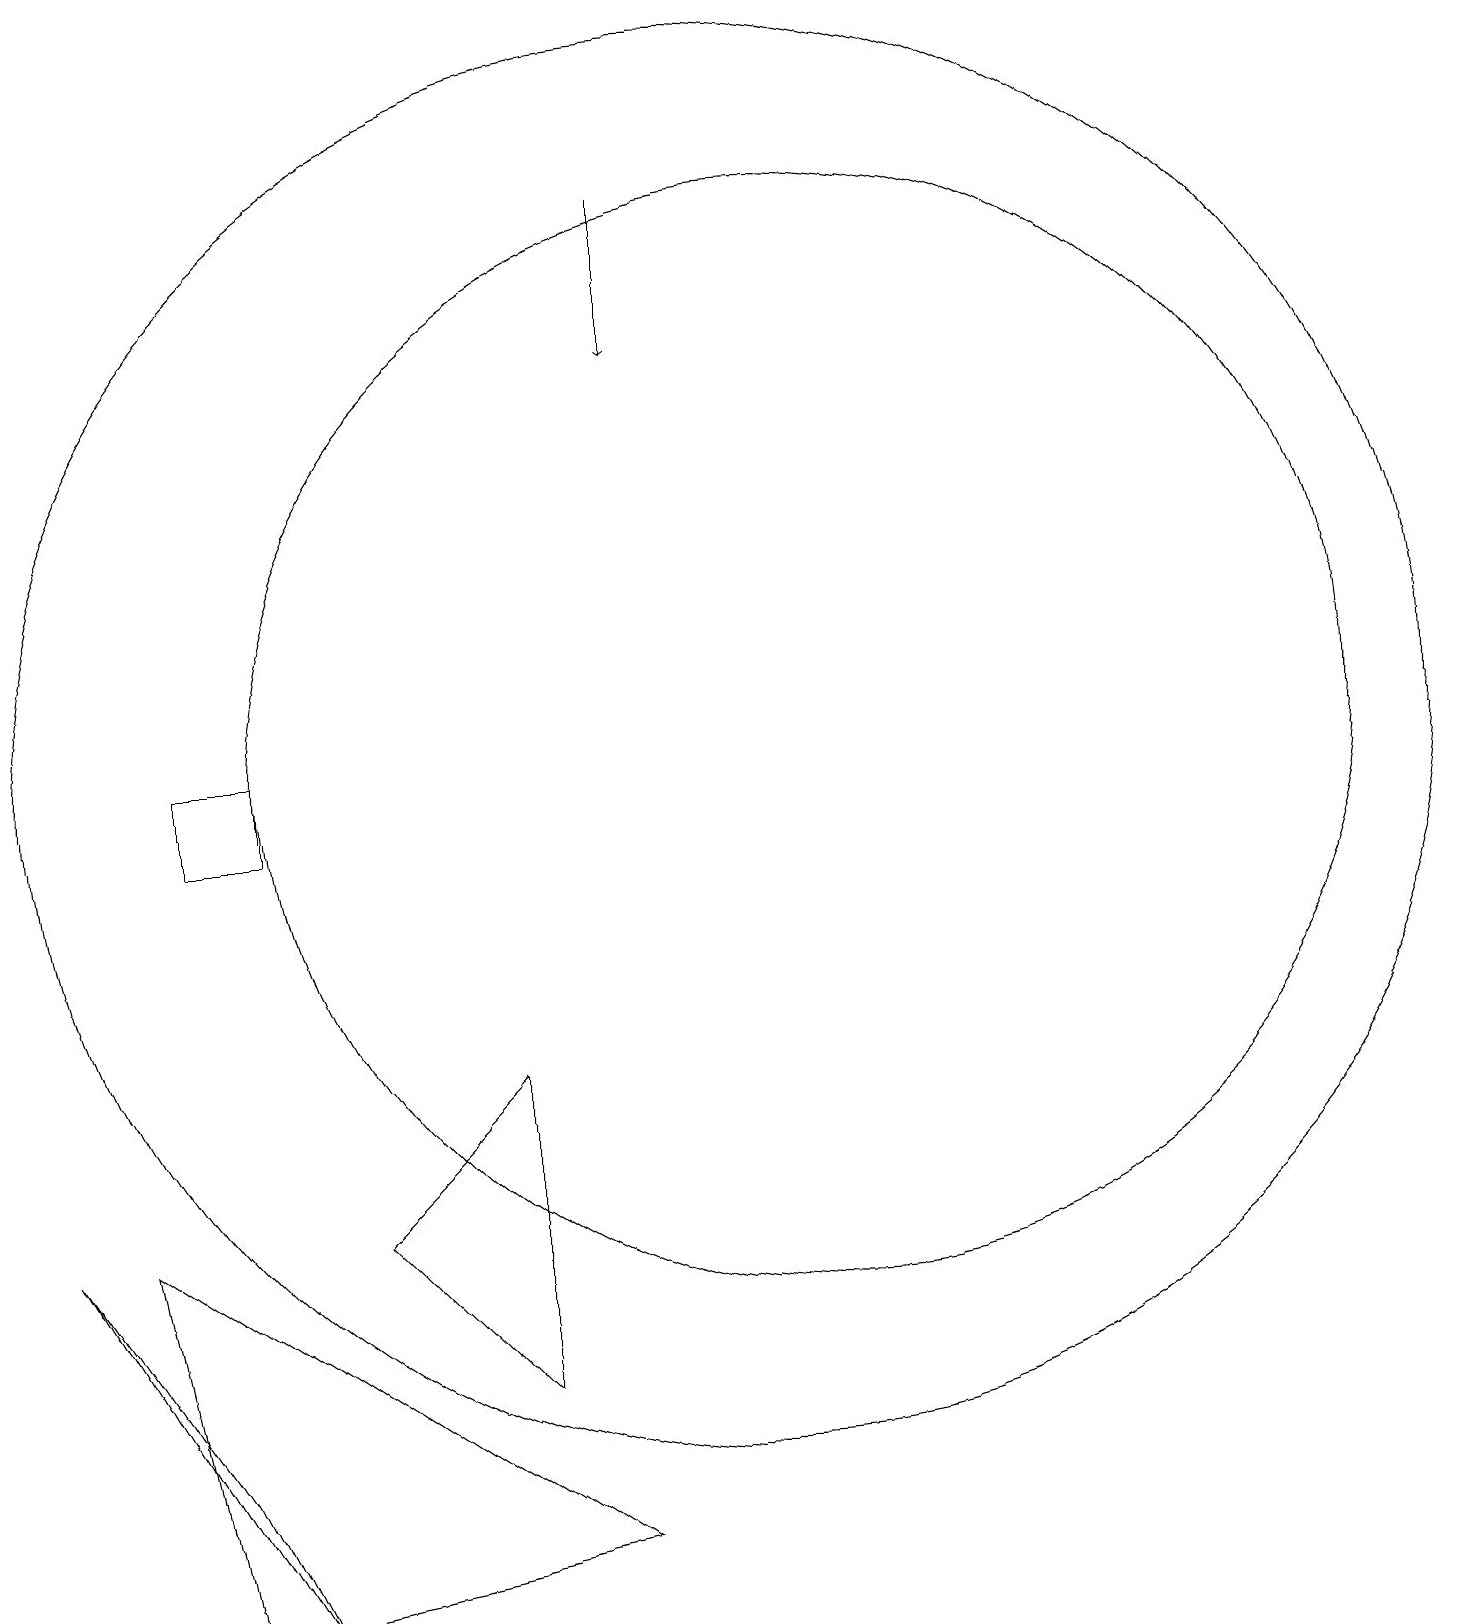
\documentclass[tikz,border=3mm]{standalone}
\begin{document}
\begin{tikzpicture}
\draw (3,11) rectangle (4,10);
\draw (10,11) circle (9);
\draw (5,5) -- (7,7) -- (7,3) -- cycle;
\draw[->] (9,18) -- (9,16);
\draw (4,0) -- (1,5) -- (3,2) -- cycle;
\draw (11,11) circle (7);
\draw (3,0) -- (2,5) -- (8,1) -- cycle;
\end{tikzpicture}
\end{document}